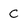
Character: c